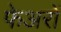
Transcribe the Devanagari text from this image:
फेअरों